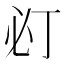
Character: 𢗈